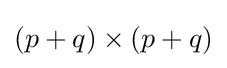
(p+q)\times (p+q)